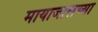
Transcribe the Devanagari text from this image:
मायाजालच्या